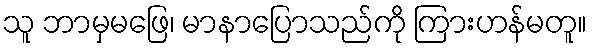
သူ ဘာမှမဖြေ၊ မာနာပြောသည်ကို ကြားဟန်မတူ။